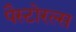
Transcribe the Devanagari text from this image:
पैस्टोरल्स